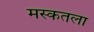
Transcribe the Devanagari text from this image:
मस्कतला